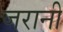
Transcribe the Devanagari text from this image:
जरानी